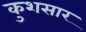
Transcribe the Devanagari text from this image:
कुशसार